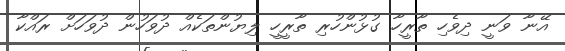
އޭނާ ވަނީ ދިވެހި ތާރީހާ ގުޅުންހުރި ތާރީހީ ލިޔުންތަކެއް ދުވަހުން ދުވަހަށް ރައްކާ